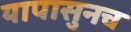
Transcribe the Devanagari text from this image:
यापासुनच